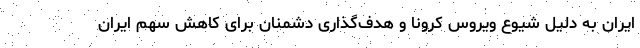
ایران به دلیل شیوع ویروس کرونا و هدف‌گذاری دشمنان برای کاهش سهم ایران